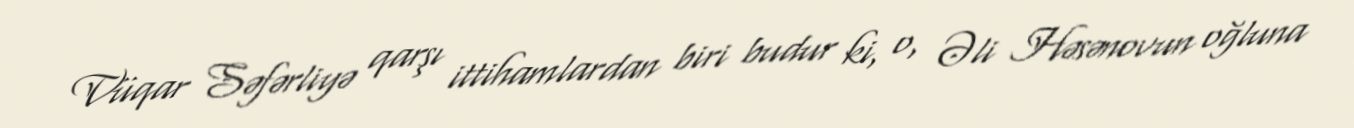
Vüqar Səfərliyə qarşı ittihamlardan biri budur ki, o, Əli Həsənovun oğluna